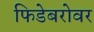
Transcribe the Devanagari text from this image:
फिडेबरोवर